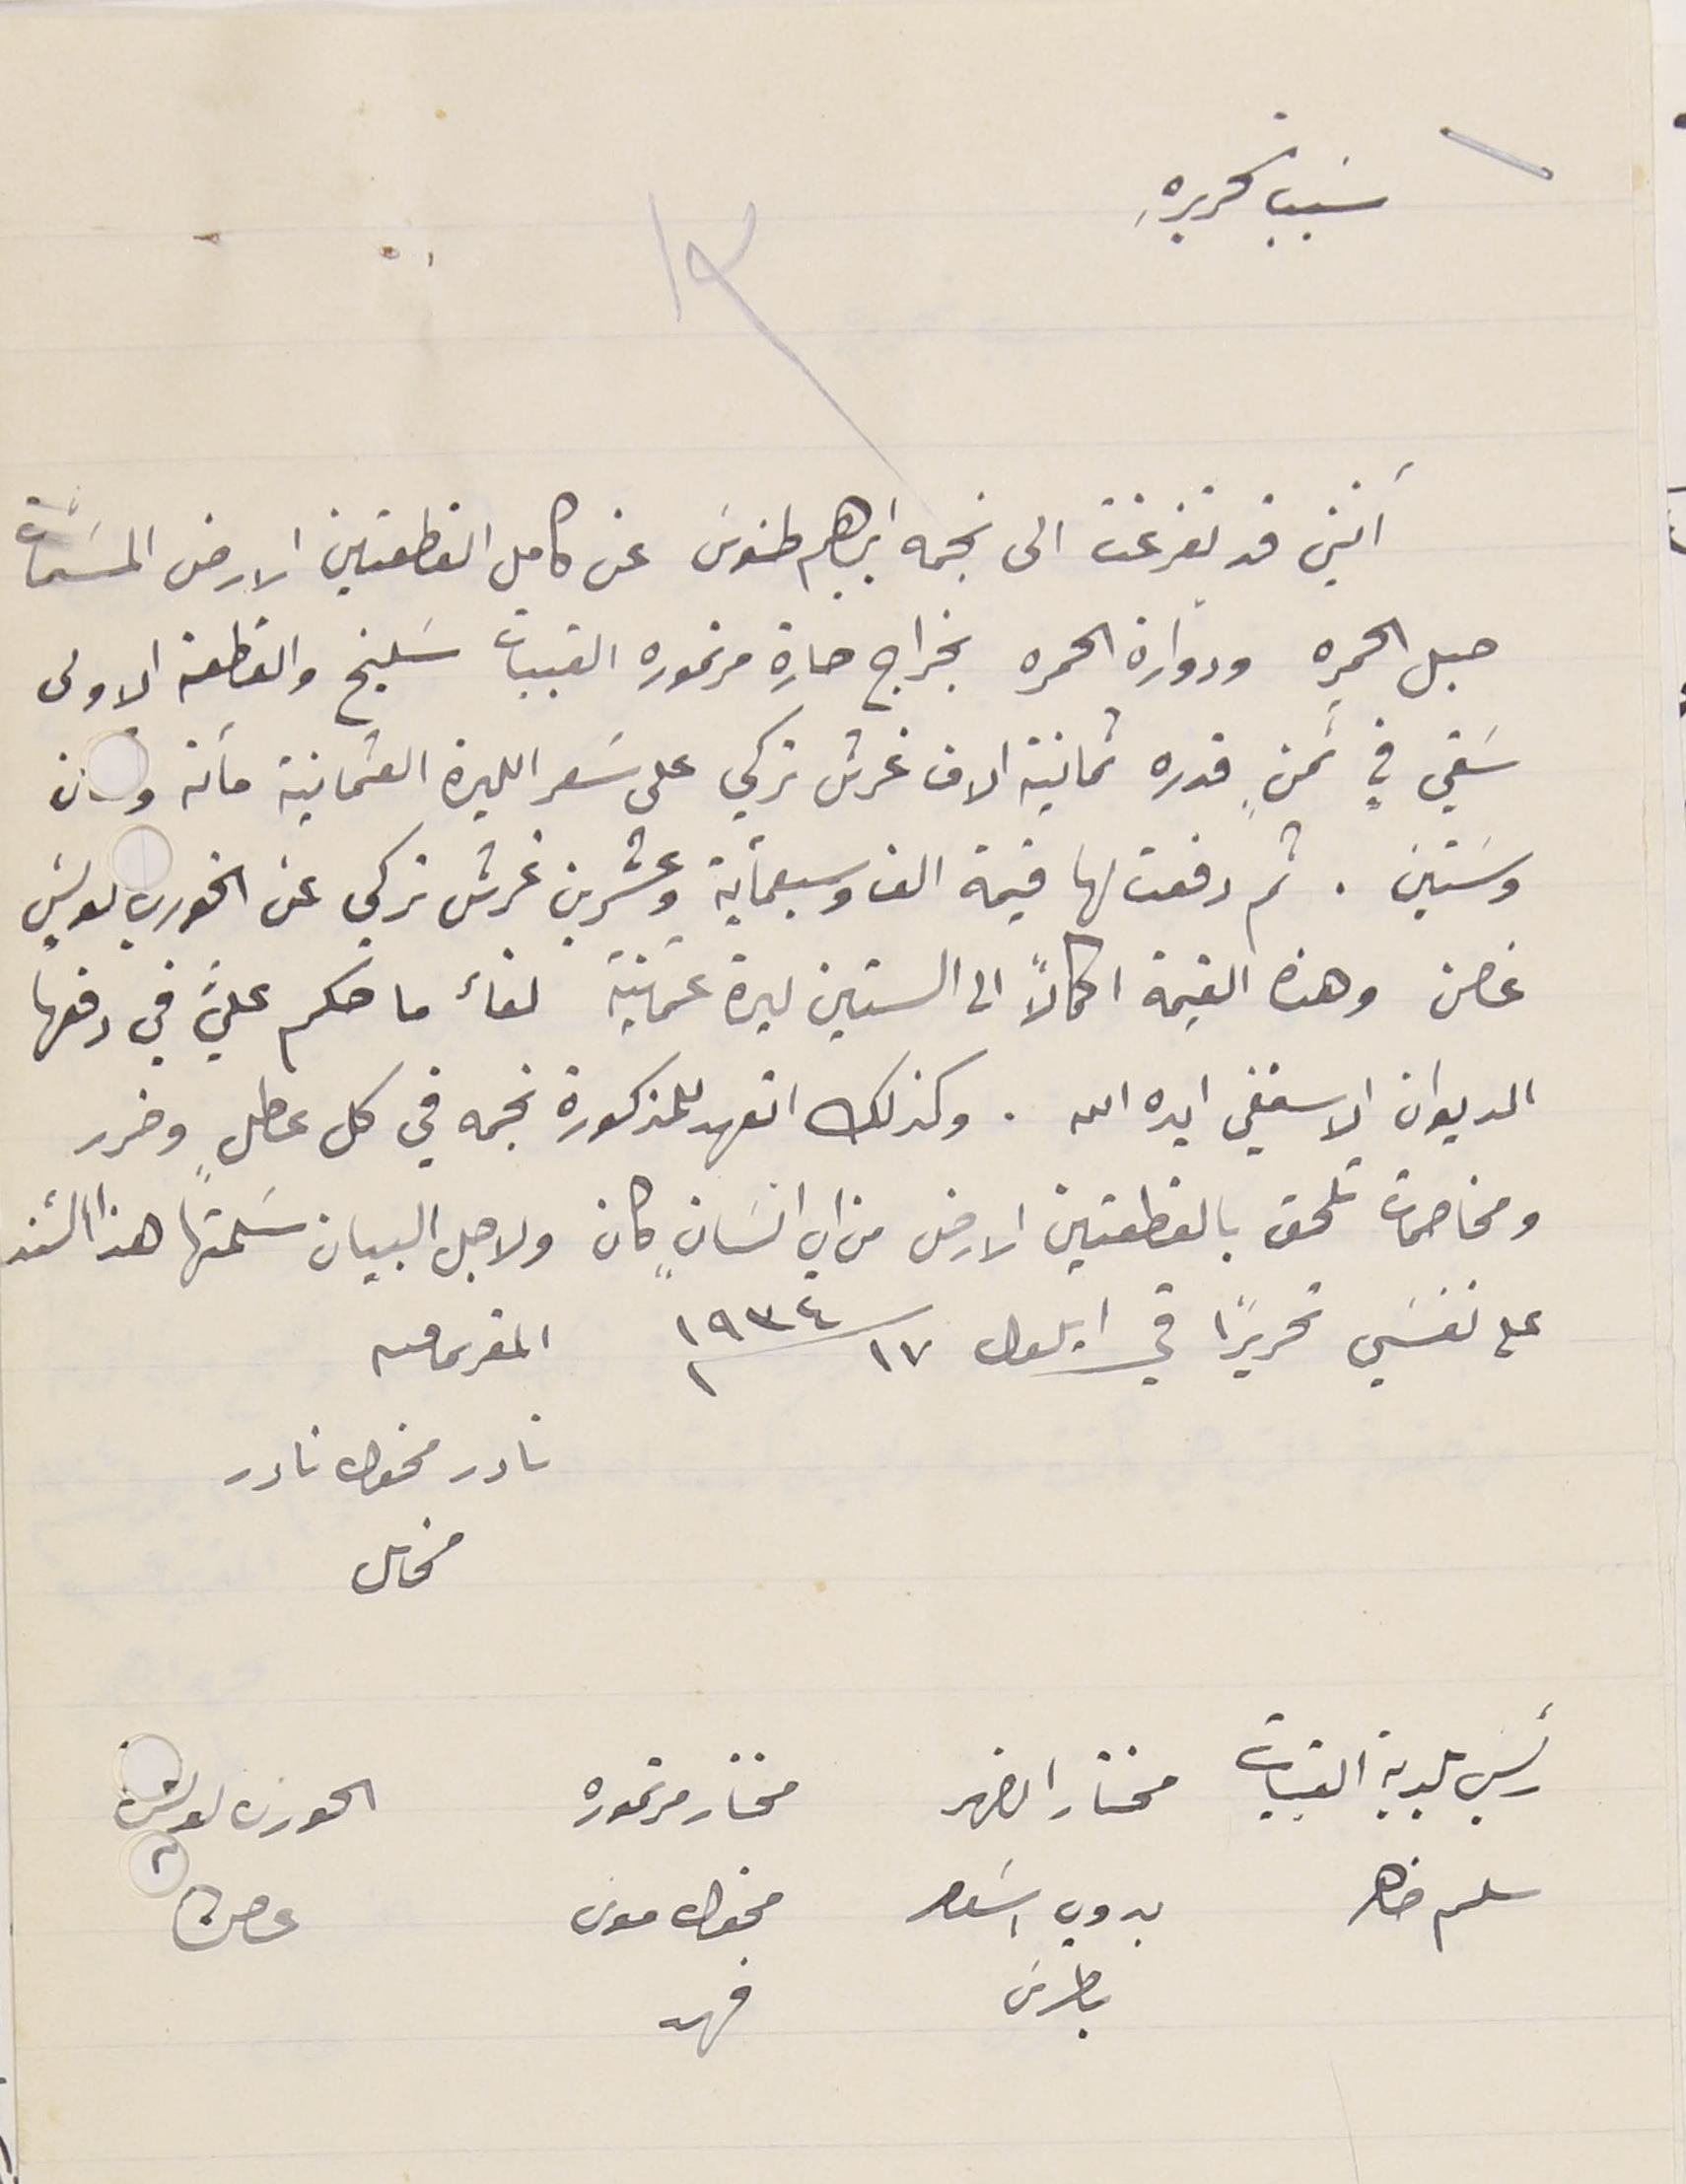
سَبب تحريرهِ
١٣
انني قد تفرغت الى نجمه ابراهيم طنوسَ عن كامل القطعتين الارض المسَمّات
حبل الحمره ودوارة الحمره بخراج حارة مرتموره القيبات سَليخ والقطعة الاولى
سَقي في ثمنٍ قدره ثمانية الاف غرش تركي على سَعر الليرة العثمانية مائة
وسَتين. ثم دفعت لها قيمة الف وسبعمأية وعشرين غرش تركي عن الخوري بولسَ
غصن وهذه القيمة اكمالاً الى الستين ليرة عثمانية لقاء ما حكم عليَّ في دفعها
الديوان الاسقفي ايده الله. وكذلك اتعهد للمذكورة نجمه في كل عطلٍ وضرر
ومخاصمات تلحق بالقطعتين الارض من اي انسانٍ كان ولاجل البيان سَلمتها هذا السَند
على نفسَي تحريراً في ايلول ١٧ سنة ١٩٣٤ المقر ىما فىه
نادر مخول نادر مخاىل

رئيس بلدية القبيات سلىم ضاهر
مختار الضهر بدوي اسَعد بطرسَ
الخوري لويس غصن
مختار مرتموره مخول موسى فهد